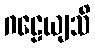
ဂဠေယျသိ